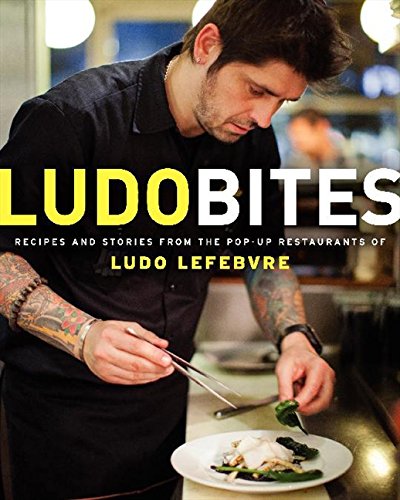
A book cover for LudoBites: Recipes and Stories from the Pop-Up Restaurants of Ludo Lefebvre; Ludovic Lefebvre; Cookbooks, Food & Wine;